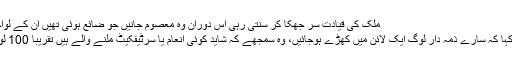
ملک کی قیادت سر جھکا کر سنتی رہی اس دوران وہ معصوم جانیں جو ضائع ہوئی تھیں ان کے لواحقین بھی بلائے گئے تھے
تقاریر کے بعد قیادت نے کہا کہ سارے ذمہ دار لوگ ایک لائن میں کھڑے ہوجائیں، وہ سمجھے کہ شاید کوئی انعام یا سرٹیفکیٹ ملنے والے ہیں تقریباً 100 لوگ لائن میں کھڑے ہوئے۔